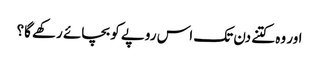
اور وہ کتنے دن تک اس روپے کو بچائے رکھے گا؟